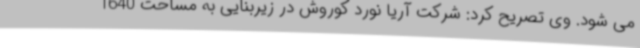
می شود. وی تصریح کرد: شرکت آریا نورد کوروش در زیربنایی به مساحت 1640